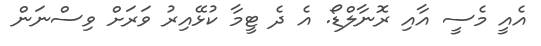
އެއީ މެސީ އާއި ރޮނާލްޑޯ. އެ ދެ ޓީމާ ކުޅޭއިރު ވަރަށް ވިސްނަން